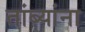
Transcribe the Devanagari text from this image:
तांब्यांना